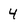
Character: 4